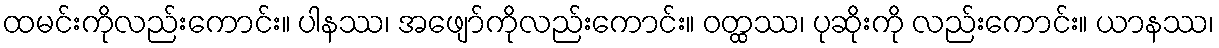
ထမင်းကိုလည်းကောင်း။ ပါနဿ၊ အဖျော်ကိုလည်းကောင်း။ ဝတ္ထဿ၊ ပုဆိုးကို လည်းကောင်း။ ယာနဿ၊